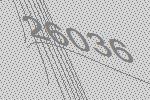
26036